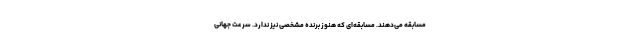
مسابقه می‌دهند. مسابقه‌ای که هنوز برنده مشخصی نیز ندارد. سرعت جهانی